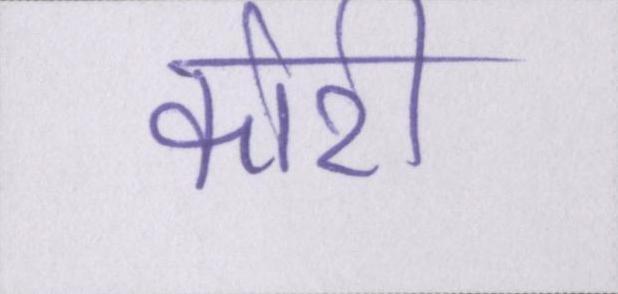
कोरी